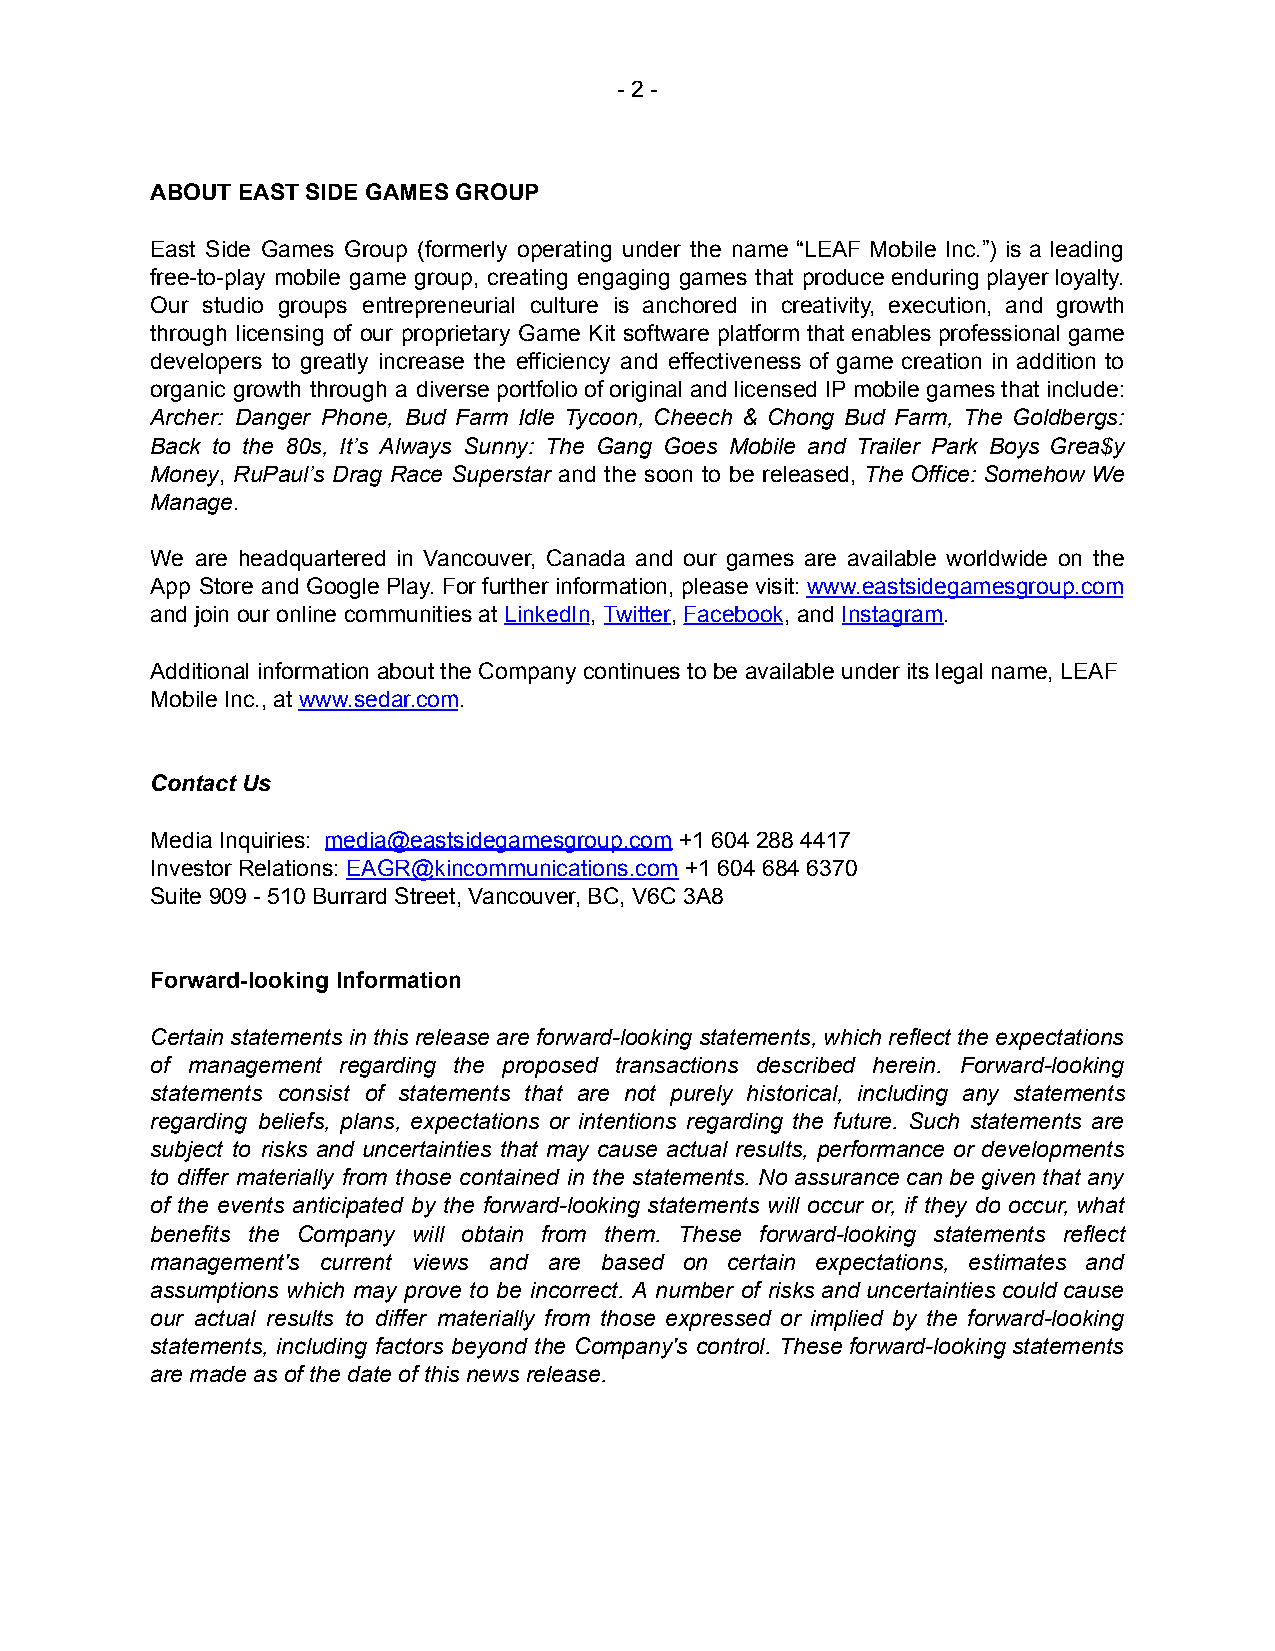
- 2 -
 ABOUT EAST SIDE GAMES GROUP
 East Side Games Group (formerly operating under the name “LEAF Mobile Inc.”) is a leading
 free-to-play mobile game group, creating engaging games that produce enduring player loyalty.
 Our studio groups entrepreneurial culture is anchored in creativity, execution, and growth
 through licensing of our proprietary Game Kit software platform that enables professional game
 developers to greatly increase the efficiency and effectiveness of game creation in addition to
 organic growth through a diverse portfolio of original and licensed IP mobile games that include:
 Archer: Danger Phone, Bud Farm Idle Tycoon, Cheech & Chong Bud Farm, The Goldbergs:
 Back to the 80s, It’s Always Sunny: The Gang Goes Mobile and Trailer Park Boys Grea$y
 Money, RuPaul’s Drag Race Superstar and the soon to be released, The Office: Somehow We
 Manage.
 We are headquartered in Vancouver, Canada and our games are available worldwide on the
 App Store and Google Play. For further information, please visit: www.eastsidegamesgroup.com
 and join our online communities at LinkedIn, Twitter, Facebook, and Instagram.
 Additional information about the Company continues to be available under its legal name, LEAF
 Mobile Inc., at www.sedar.com.
 Contact Us
 Media Inquiries: media@eastsidegamesgroup.com +1 604 288 4417
 Investor Relations: EAGR@kincommunications.com +1 604 684 6370
 Suite 909 - 510 Burrard Street, Vancouver, BC, V6C 3A8
 Forward-looking Information
 Certain statements in this release are forward-looking statements, which reflect the expectations
 of management regarding the proposed transactions described herein. Forward-looking
 statements consist of statements that are not purely historical, including any statements
 regarding beliefs, plans, expectations or intentions regarding the future. Such statements are
 subject to risks and uncertainties that may cause actual results, performance or developments
 to differ materially from those contained in the statements. No assurance can be given that any
 of the events anticipated by the forward-looking statements will occur or, if they do occur, what
 benefits the Company will obtain from them. These forward-looking statements reflect
 management's current views and are based on certain expectations, estimates and
 assumptions which may prove to be incorrect. A number of risks and uncertainties could cause
 our actual results to differ materially from those expressed or implied by the forward-looking
 statements, including factors beyond the Company's control. These forward-looking statements
 are made as of the date of this news release.